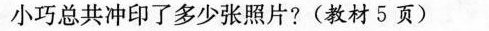
小巧总共冲印了多少张照片?(教材5页)